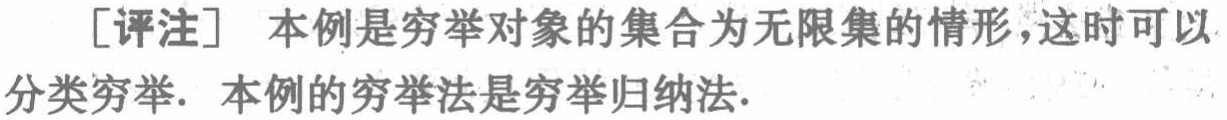
[评注] 本例是穷举对象的集合为无限集的情形，这时可以分类穷举. 本例的穷举法是穷举归纳法.